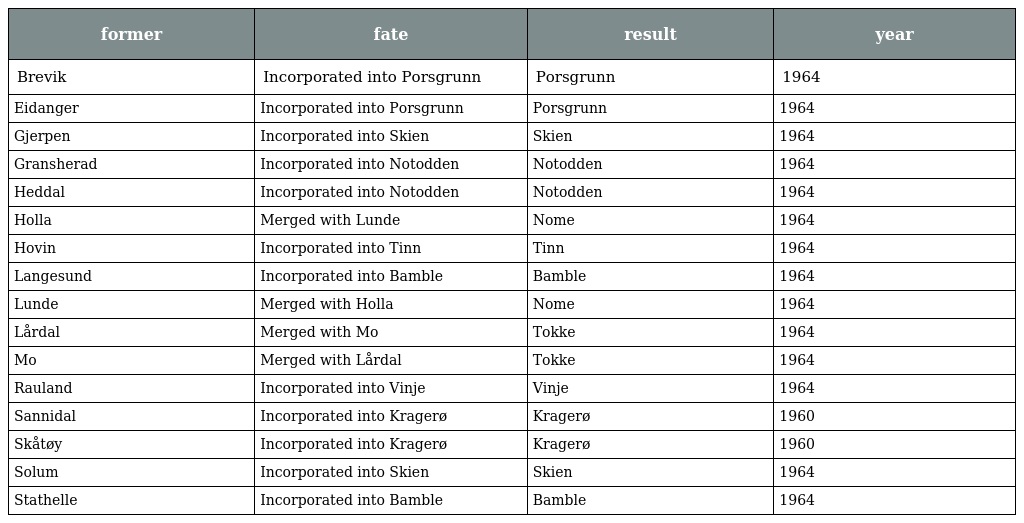
| former | fate | result | year |
 | --- | --- | --- | --- |
 | Brevik | Incorporated into Porsgrunn | Porsgrunn | 1964 |
 | Eidanger | Incorporated into Porsgrunn | Porsgrunn | 1964 |
 | Gjerpen | Incorporated into Skien | Skien | 1964 |
 | Gransherad | Incorporated into Notodden | Notodden | 1964 |
 | Heddal | Incorporated into Notodden | Notodden | 1964 |
 | Holla | Merged with Lunde | Nome | 1964 |
 | Hovin | Incorporated into Tinn | Tinn | 1964 |
 | Langesund | Incorporated into Bamble | Bamble | 1964 |
 | Lunde | Merged with Holla | Nome | 1964 |
 | Lårdal | Merged with Mo | Tokke | 1964 |
 | Mo | Merged with Lårdal | Tokke | 1964 |
 | Rauland | Incorporated into Vinje | Vinje | 1964 |
 | Sannidal | Incorporated into Kragerø | Kragerø | 1960 |
 | Skåtøy | Incorporated into Kragerø | Kragerø | 1960 |
 | Solum | Incorporated into Skien | Skien | 1964 |
 | Stathelle | Incorporated into Bamble | Bamble | 1964 |